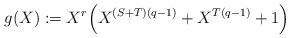
LaTeX: \begin{align*}g(X):=X^r\Bigl(X^{(S+T)(q-1)}+X^{T(q-1)}+1\Bigr)\end{align*}